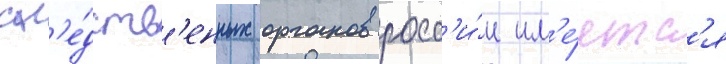
сл'е́дств'енных органов росс'и́и им'е́етс'я